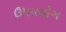
ઉપયયોગ